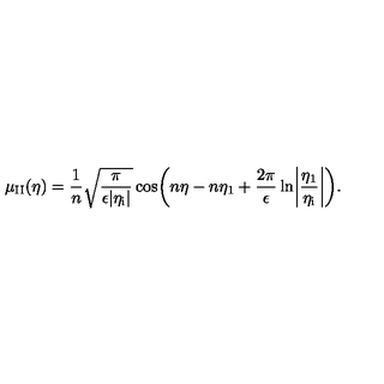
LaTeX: \mu _ { \mathrm { I I } } ( \eta ) = \frac { 1 } { n } \sqrt { \frac { \pi } { \epsilon \vert \eta _ { \mathrm { i } } \vert } } \cos \biggl ( n \eta - n \eta _ { 1 } + \frac { 2 \pi } { \epsilon } \ln \biggl \vert \frac { \eta _ { 1 } } { \eta _ { \mathrm { i } } } \biggr \vert \biggr ) .